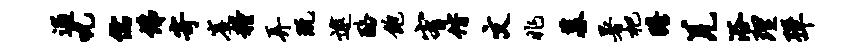
逋吮儒佛寄崖粮弄玩逮酪饱宥偕文兆墓暑杷瞻羌浴理弹